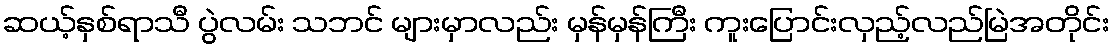
ဆယ့်နှစ်ရာသီ ပွဲလမ်း သဘင် များမှာလည်း မှန်မှန်ကြီး ကူးပြောင်းလှည့်လည်မြဲအတိုင်း